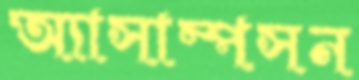
অ্যাসাম্পসন